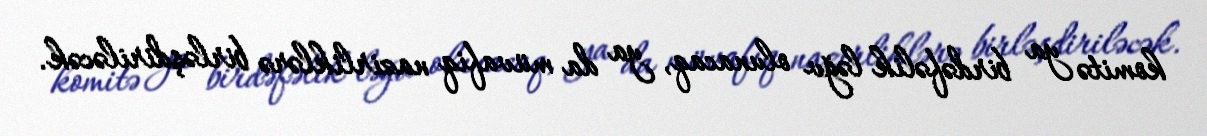
komitə ya birdəfəlik ləğv olunacaq, ya da müvafiq nazirliklərə birləşdiriləcək.